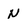
Character: N